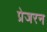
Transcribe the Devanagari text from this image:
प्रेजरन